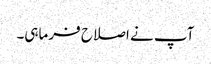
آپ نے اصلاح فرماہی۔